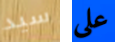
سيد على